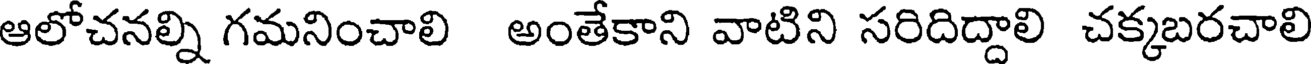
ఆలోచనల్ని గమనించాలి అంతేకాని వాటిని సరిదిద్దాలి చక్కబరచాలి